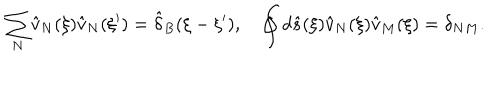
{ \sum _ { N } } { \hat { v } _ { N } } ( \xi ) { \hat { v } _ { N } } ( \xi ^ { \prime } ) = { \hat { \delta } _ { B } } ( \xi - \xi ^ { \prime } ) , \quad \oint { d } \hat { s } ( \xi ) { \hat { v } _ { N } } ( \xi ) { \hat { v } _ { M } } ( \xi ) = { \delta _ { N M } } .